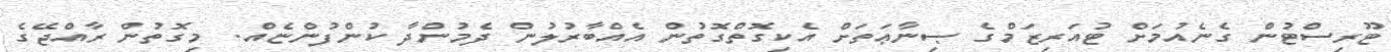
ޓޫރިސްޓުން ގެނެއުުމަށް ޓުއަރިޒަމްގެ ޞިނާޢަތަށް އެކިގޮތްގޮތުން އެއްބާރުލުން ދެމުންދާ ކުންފުންޏެއް. މިގޮތުން ރާއްޖޭގެ